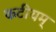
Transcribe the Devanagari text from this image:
कटीयम्‌